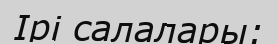
Ірі салалары: